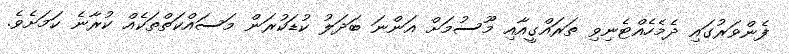
ފެންވަރުގައި ދެމެހެއްޓެނިވި ތަރައްގީއާއި މޫސުމަށް އަންނަ ބަދަލު ކުޑަކުރަން މަސައްކަތްތަކެއް ކުރާނެ ކަމަށެވެ.